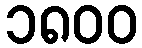
၁၈၀၀